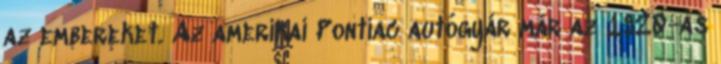
az embereket. Az amerikai Pontiac autógyár már az 1920-as